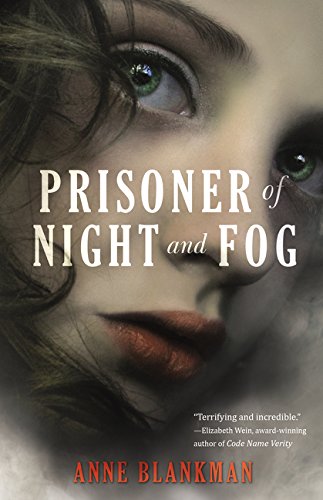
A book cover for Prisoner of Night and Fog; Anne Blankman; Teen & Young Adult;